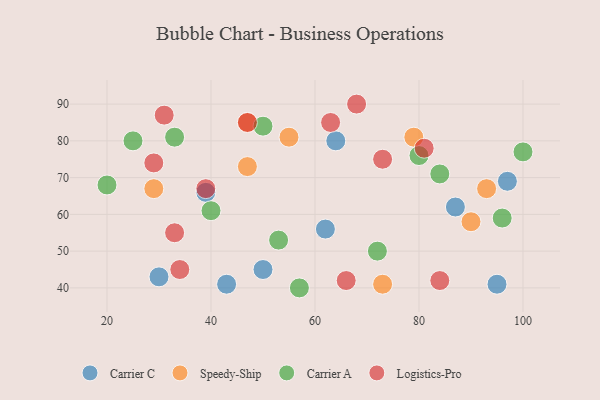
{"axis": {"x": "GDP", "y": "Life Expectancy"}, "legend": ["Carrier A", "Carrier C", "Logistics-Pro", "Speedy-Ship"], "data": [{"x": "87", "y": 62, "type": "Carrier C"}, {"x": "39", "y": 66, "type": "Carrier C"}, {"x": "95", "y": 41, "type": "Carrier C"}, {"x": "43", "y": 41, "type": "Carrier C"}, {"x": "30", "y": 43, "type": "Carrier C"}, {"x": "50", "y": 45, "type": "Carrier C"}, {"x": "97", "y": 69, "type": "Carrier C"}, {"x": "62", "y": 56, "type": "Carrier C"}, {"x": "64", "y": 80, "type": "Carrier C"}, {"x": "93", "y": 67, "type": "Speedy-Ship"}, {"x": "79", "y": 81, "type": "Speedy-Ship"}, {"x": "47", "y": 73, "type": "Speedy-Ship"}, {"x": "47", "y": 85, "type": "Speedy-Ship"}, {"x": "29", "y": 67, "type": "Speedy-Ship"}, {"x": "73", "y": 41, "type": "Speedy-Ship"}, {"x": "90", "y": 58, "type": "Speedy-Ship"}, {"x": "55", "y": 81, "type": "Speedy-Ship"}, {"x": "80", "y": 76, "type": "Carrier A"}, {"x": "57", "y": 40, "type": "Carrier A"}, {"x": "84", "y": 71, "type": "Carrier A"}, {"x": "53", "y": 53, "type": "Carrier A"}, {"x": "25", "y": 80, "type": "Carrier A"}, {"x": "100", "y": 77, "type": "Carrier A"}, {"x": "33", "y": 81, "type": "Carrier A"}, {"x": "50", "y": 84, "type": "Carrier A"}, {"x": "20", "y": 68, "type": "Carrier A"}, {"x": "96", "y": 59, "type": "Carrier A"}, {"x": "40", "y": 61, "type": "Carrier A"}, {"x": "72", "y": 50, "type": "Carrier A"}, {"x": "47", "y": 85, "type": "Logistics-Pro"}, {"x": "81", "y": 78, "type": "Logistics-Pro"}, {"x": "84", "y": 42, "type": "Logistics-Pro"}, {"x": "73", "y": 75, "type": "Logistics-Pro"}, {"x": "29", "y": 74, "type": "Logistics-Pro"}, {"x": "68", "y": 90, "type": "Logistics-Pro"}, {"x": "34", "y": 45, "type": "Logistics-Pro"}, {"x": "33", "y": 55, "type": "Logistics-Pro"}, {"x": "66", "y": 42, "type": "Logistics-Pro"}, {"x": "39", "y": 67, "type": "Logistics-Pro"}, {"x": "31", "y": 87, "type": "Logistics-Pro"}, {"x": "63", "y": 85, "type": "Logistics-Pro"}]}